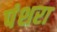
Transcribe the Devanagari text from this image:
पंशरा